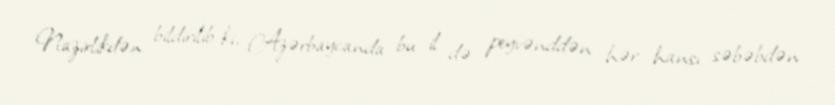
Nazirlikdən bildirilib ki, Azərbaycanda bu il də peyvənddən hər hansı səbəbdən